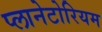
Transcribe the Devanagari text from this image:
प्लानेटोरियम